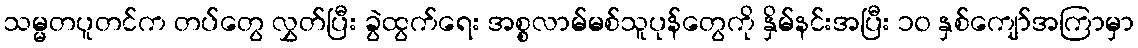
သမ္မတပူတင်က တပ်တွေ လွှတ်ပြီး ခွဲထွက်ရေး အစ္စလာမ်မစ်သူပုန်တွေကို နှိမ်နင်းအပြီး ၁၀ နှစ်ကျော်အကြာမှာ